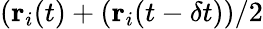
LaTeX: (\textbf{r}_{i}(t)+(\textbf{r}_{i}(t-\delta t))/2